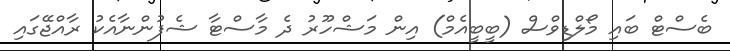
ބެސްޓް ބައި މޯލްޑިވްސް (ބީބީއެމް) އިން މަޝްހޫރު ދެ މާސްޓާ ޝެފުންނާއެކު ރާއްޖޭގައި